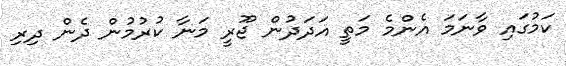
ކަމުގައި ވާނަމަ އެންމެ މަތީ އަދަދުން ޖޫރީ މަނާ ކުރުމުން ދެން ދިރި